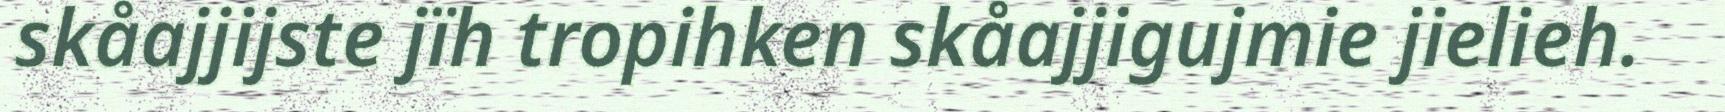
skåajjijste jïh tropihken skåajjigujmie jielieh.